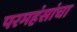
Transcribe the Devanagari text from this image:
परमहंसांचा